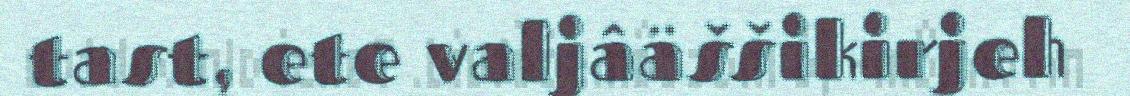
tast, ete valjâäššikirjeh